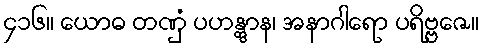
၄၁၆။ ယောဓ တဏှံ ပဟန္တွာန၊ အနာဂါရော ပရိဗ္ဗဇေ။